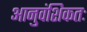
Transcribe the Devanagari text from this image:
आनुवंशिकतः